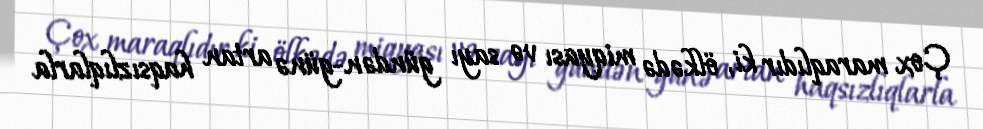
Çox maraqlıdır ki, ölkədə miqyası və sayı gündən-günə artan haqsızlıqlarla